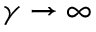
\gamma \rightarrow \infty